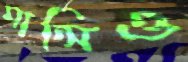
মান্সিও